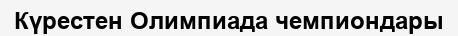
Күрестен Олимпиада чемпиондары